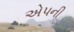
એપની